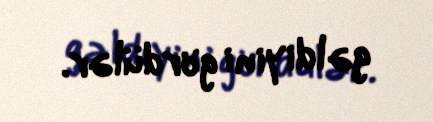
gəldiyini gördülər.